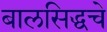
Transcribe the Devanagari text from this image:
बालसिद्धचे